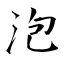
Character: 泡